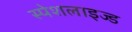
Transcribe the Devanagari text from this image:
स्पेशलाइज्ड